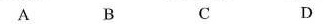
A B C D